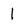
Character: 1